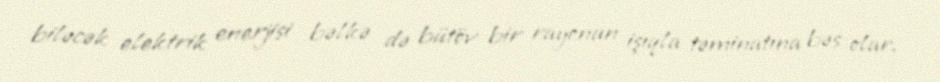
biləcək elektrik enerjisi bəlkə də bütöv bir rayonun işıqla təminatına bəs olar.